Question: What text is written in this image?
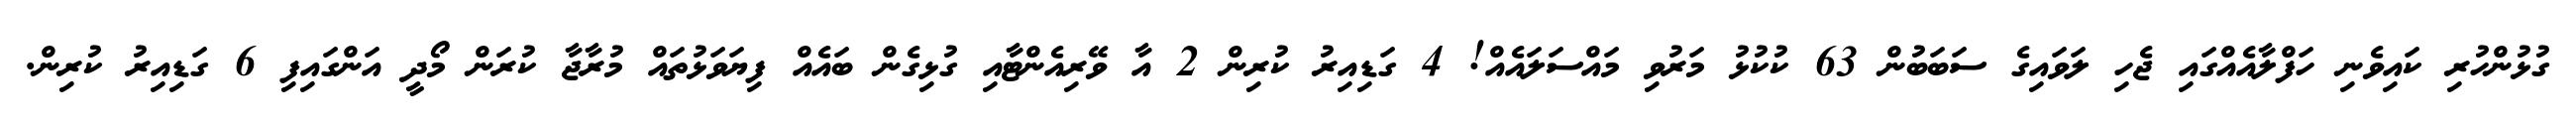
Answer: ގުޅުންހުރި ކައިވެނި ހަފްލާއެއްގައި ޖެހި ލަވައިގެ ސަބަބުން 63 ކުކުޅު މަރުވި މައްސަލައެއް! 4 ގަޑިއިރު ކުރިން 2 އާ ވޭރިއެންޓާއި ގުޅިގެން ބައެއް ފިޔަވަޅުތައް މުރާޖާ ކުރަން މޯދީ އަންގައިފި 6 ގަޑިއިރު ކުރިން.